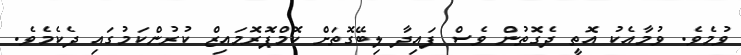
ވުމެވެ. ވުމާއެކު އޮތީ ދެގޮތުން ވެސް ފައިދާ ލިބޭގޮތަށް ކޮމްޕޮރޮމައިޒް ކުރުންކަމުގައި ދެކެމެވެ.